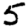
Digit: 5